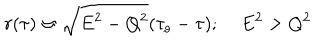
LaTeX: r ( \tau ) \approx \sqrt { E ^ { 2 } - Q ^ { 2 } } ( \tau _ { o } - \tau ) ; \; E ^ { 2 } > Q ^ { 2 }